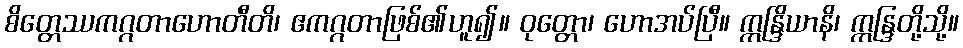
စိတ္တေဿကဂ္ဂတာဟောတီတိ၊ ဧကဂ္ဂတာဖြစ်၏ဟူ၍။ ဝုတ္တော၊ ဟောအပ်ပြီ။ ဣန္ဒြိယာနိ၊ ဣန္ဒြတို့သို့။